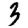
Digit: 3